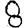
Digit: 8